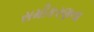
સમીકરણના